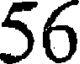
56